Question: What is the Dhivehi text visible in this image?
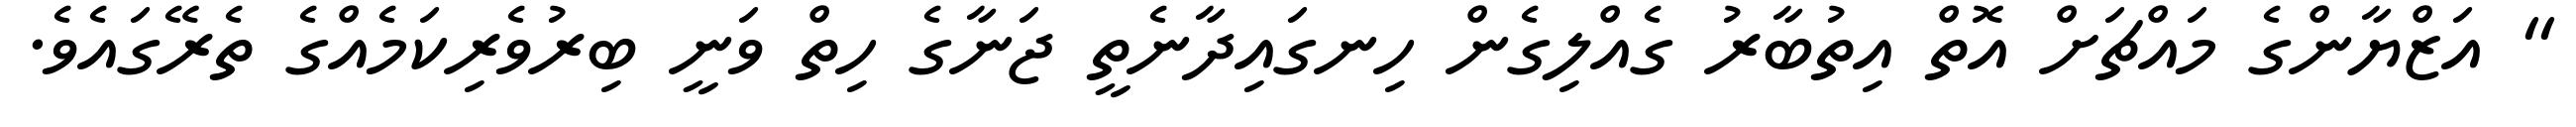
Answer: '' އަޒްޔާންގެ މައްޗަށް އޮތް އިތުބާރު ގެއްލިގެން ހިނގައިދާނެތީ ޖަނާގެ ހިތް ވަނީ ބިރުވެރިކަމެއްގެ ތެރޭގައެވެ.